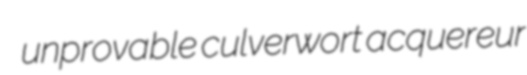
unprovable culverwort acquereur